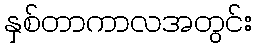
နှစ်တာကာလအတွင်း